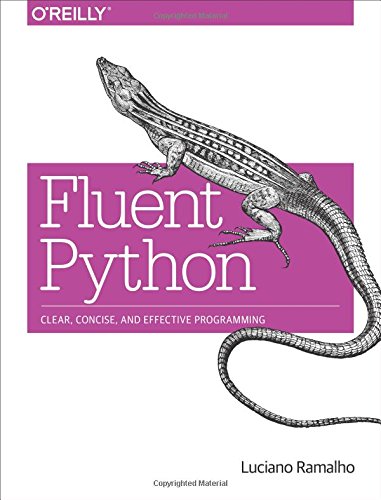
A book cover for Fluent Python; Luciano Ramalho; Computers & Technology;